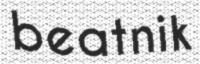
beatnik